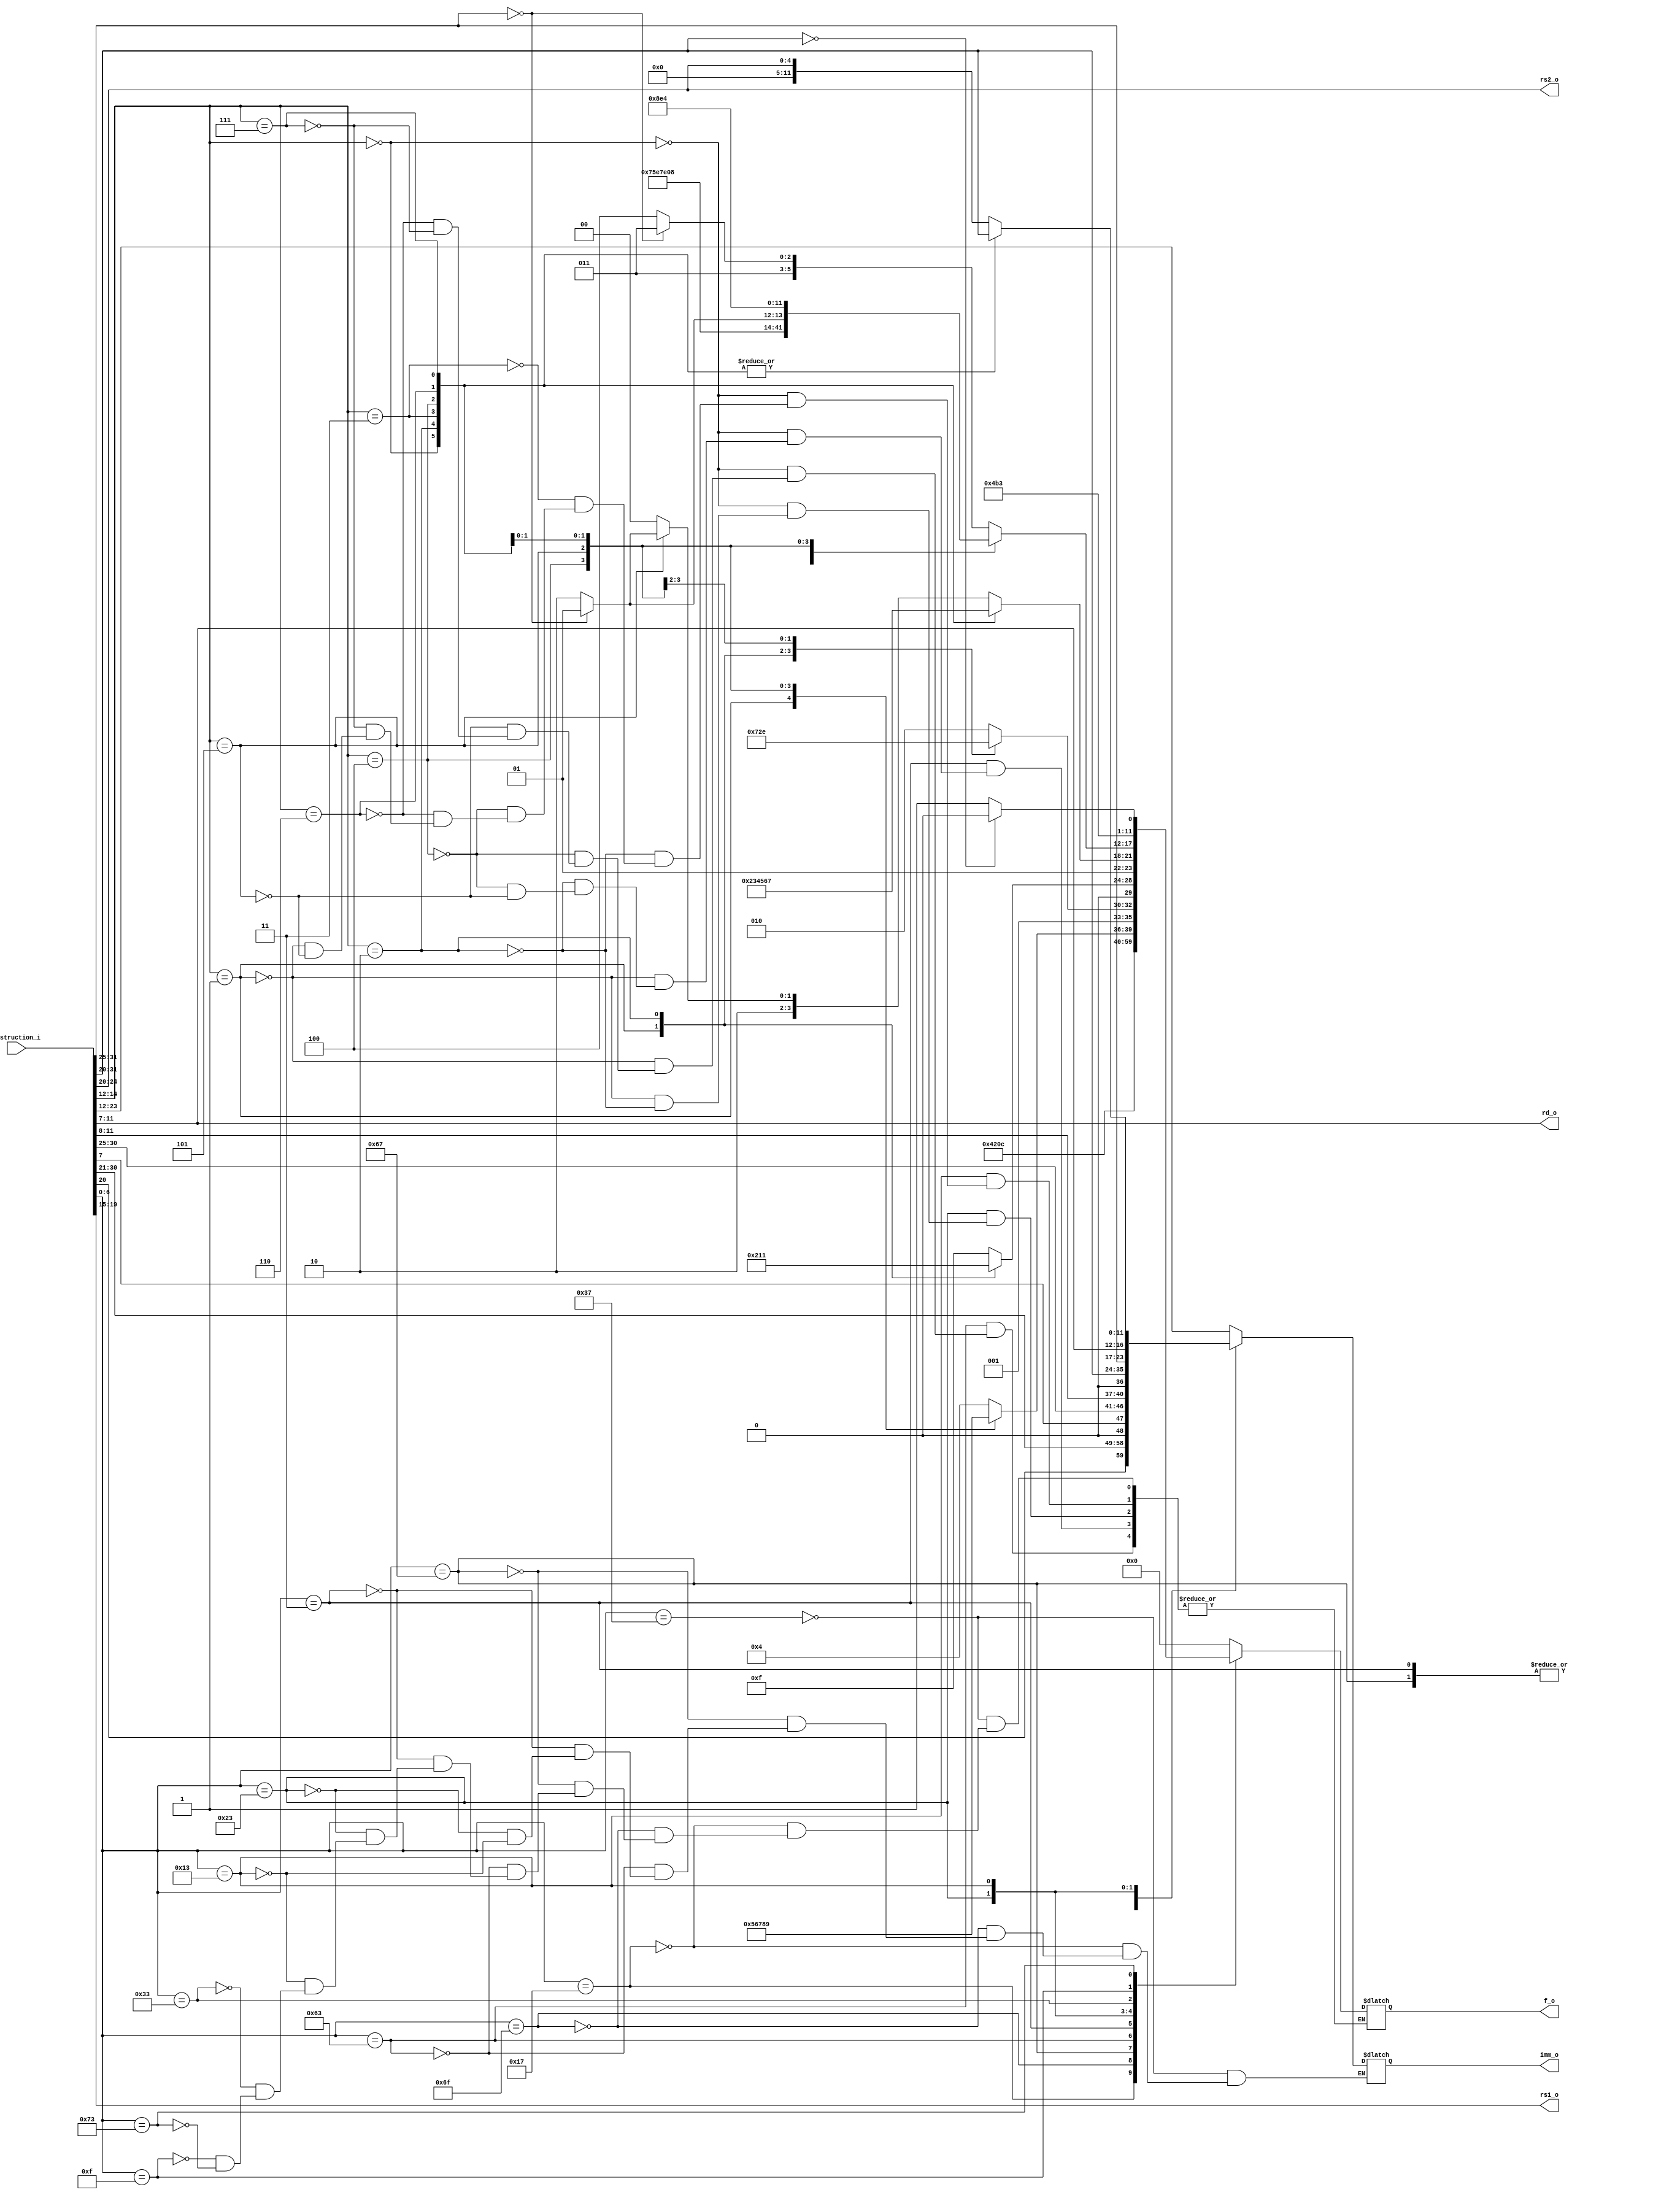
module InstructionDecoder
(
    input [31:0] instruction_i,
    output reg [5:0] f_o,
    output [4:0] rs1_o,
    output [4:0] rs2_o,
    output [4:0] rd_o,
    output reg [11:0] imm_o
);
    wire [6:0] opcode = instruction_i[6:0];

    assign rd_o = instruction_i[11:7];
    wire [2:0] funct3 = instruction_i[14:12];
    wire [6:0] funct7 = instruction_i[31:25];
    
    assign rs1_o = instruction_i[19:15];
    assign rs2_o = instruction_i[24:20];
    
    wire [11:0] i_imm = instruction_i[31:20];
    wire [11:0] s_imm = {
        instruction_i[31:25],
        instruction_i[11:7]
    };
    wire [12:0] b_imm = {
        instruction_i[31],
        instruction_i[7],
        instruction_i[30:25],
        instruction_i[11:8],
        1'b0
    };
    wire [19:0] u_imm = instruction_i[31:12];
    wire [20:0] j_imm = {
        instruction_i[31],
        instruction_i[19:12],
        instruction_i[20],
        instruction_i[30:21],
        1'b0
    };
    
    wire [4:0] shamt = instruction_i[24:20];

    always @(*) begin
        case (opcode)
            7'b0110111: begin // LUI
                f_o <= 0;
                imm_o <= u_imm;
            end
            7'b0010111: begin // AUIPC
                f_o <= 1;
                imm_o <= u_imm;
            end
            7'b1101111: begin // JAL
                f_o <= 2;
                imm_o <= j_imm;
            end
            7'b1100111: begin // JALR
                f_o <= 3;
                imm_o <= i_imm;
            end
            7'b1100011: begin // B-type, Branch instructions
                imm_o <= b_imm;
                case (funct3)
                    3'b000: f_o <= 4; // BEQ
                    3'b001: f_o <= 5; // BNE
                    3'b100: f_o <= 6; // BLT
                    3'b101: f_o <= 7; // BGE
                    3'b110: f_o <= 8; // BLTU
                    3'b111: f_o <= 9; // BGEU
                    default: ;
                endcase
            end
            7'b0000011: begin // I-type, Load instructions
                imm_o <= i_imm;
                case (funct3)
                    3'b000: f_o <= 10; // LB
                    3'b001: f_o <= 11; // LH
                    3'b010: f_o <= 12; // LW
                    3'b100: f_o <= 13; // LBU
                    3'b101: f_o <= 14; // LHU
                    default: ;
                endcase
            end
            7'b0100011: begin // S-type, Store instructions
                imm_o <= s_imm;
                case (funct3)
                    3'b000: f_o <= 15; // SB
                    3'b001: f_o <= 16; // SH
                    3'b010: f_o <= 17; // SW
                    default: ;
                endcase
            end
            7'b0010011: begin // I-type
                imm_o <= i_imm;
                case (funct3)
                    3'b000: f_o <= 18; // ADDI
                    3'b010: f_o <= 19; // SLTI
                    3'b011: f_o <= 20; // SLTIU
                    3'b100: f_o <= 21; // XORI
                    3'b110: f_o <= 22; // ORI
                    3'b111: f_o <= 23; // ANDI
                    default: begin
                        imm_o <= shamt;
                        case (funct3)
                            3'b001: f_o <= 24; // SLLI
                            3'b101: begin
                                if (funct7 == 7'b0000000) f_o <= 25; // SRLI
                                else f_o <= 26; // SRAI
                            end
                            default: ;
                        endcase
                    end
                endcase
            end
            7'b0110011: begin // I-type
                case (funct3)
                    3'b000: begin
                        if (funct7 == 7'b0000000) f_o <= 27; // ADD
                        else f_o <= 28; // SUB
                    end
                    3'b001: f_o <= 29; // SLL
                    3'b010: f_o <= 30; // SLT
                    3'b011: f_o <= 31; // SLTU
                    3'b100: f_o <= 32; // XOR
                    3'b101: begin
                        if (funct7 == 7'b0000000) f_o <= 33; // SRL
                        else f_o <= 34; // SRA
                    end
                    3'b110: f_o <= 35; // OR
                    3'b111: f_o <= 36; // AND
                    default: ;
                endcase
            end
            7'b0001111: f_o <= 37; // FENCE
            7'b1110011: begin // ECALL, EBREAK
                if (instruction_i[31:20] == 12'b000000000000) f_o <= 38; // ECALL
                else f_o <= 39; // EBREAK
            end
            default: ;
        endcase
    end
endmodule